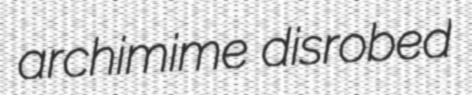
archimime disrobed